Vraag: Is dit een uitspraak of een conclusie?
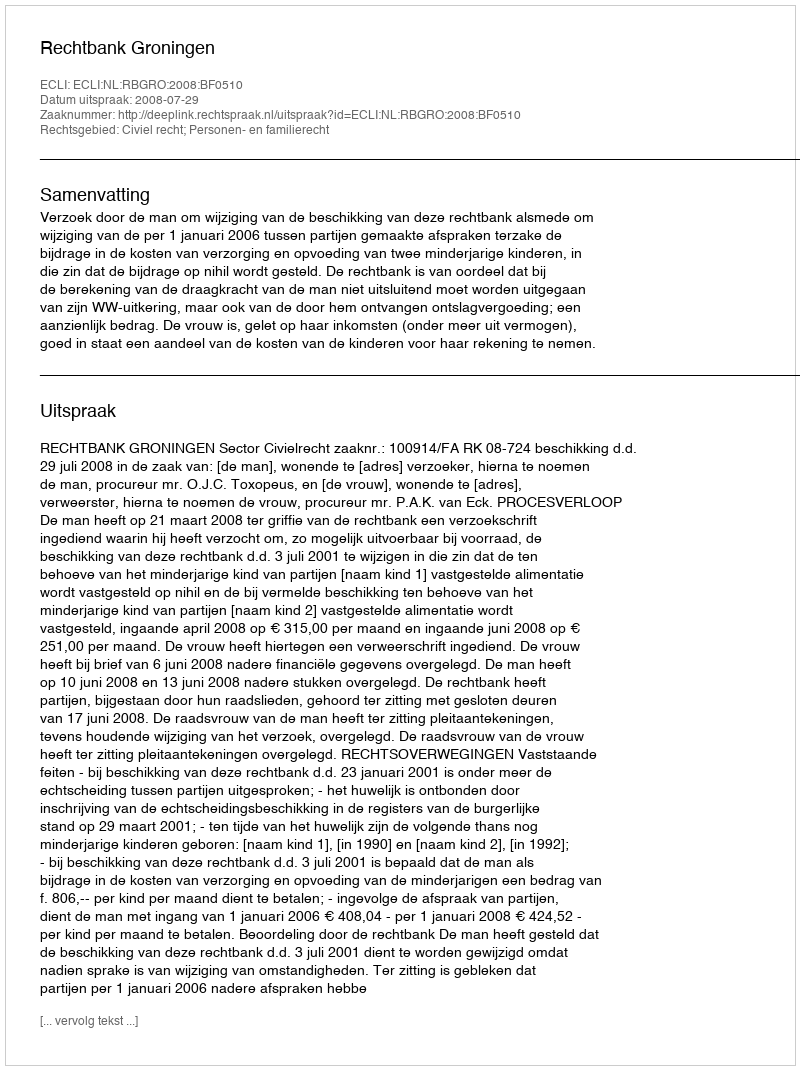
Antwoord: Uitspraak